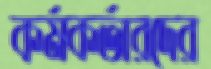
কর্মকর্তারদের